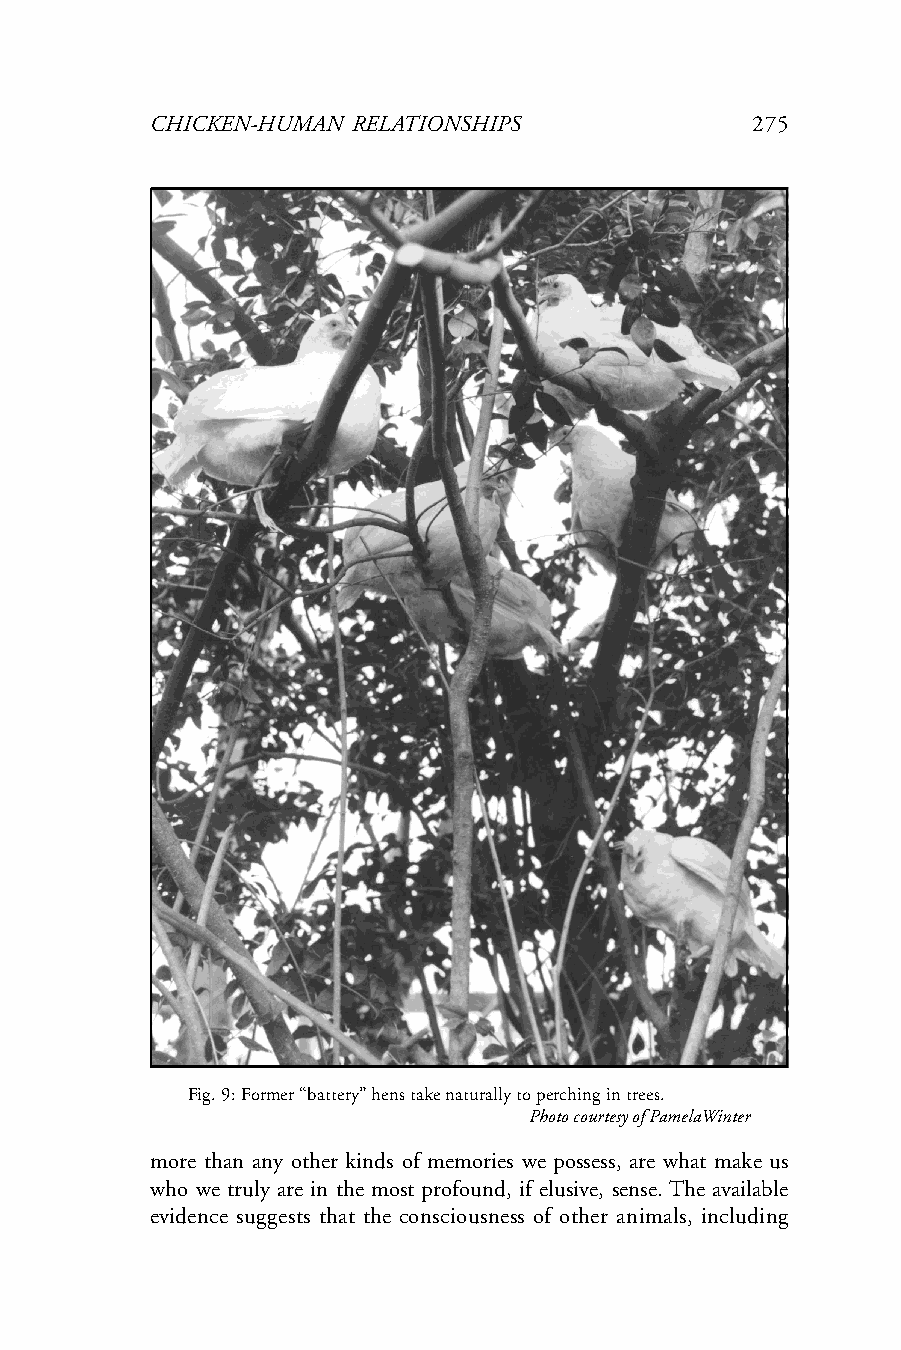
CHICKEN-HUMAN RELATIONSHIPS             275
 Fig. 9: Former “battery” hens take naturally to perching in trees.
 Photo courtesy of PamelaWinter
 more than any other kinds of memories we possess, are what make us
 who we truly are in the most profound, if elusive, sense. The available
 evidence suggests that the consciousness of other animals, including